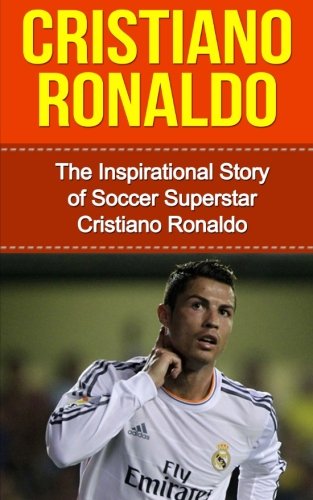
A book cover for Cristiano Ronaldo: The Inspirational Story of Soccer (Football) Superstar Cristiano Ronaldo (Cristiano Ronaldo Unauthorized Biography, Portugal, Manchester United, Real Madrid, Champions League); Bill Redban; Biographies & Memoirs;